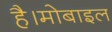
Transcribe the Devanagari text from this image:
है।मोबाइल